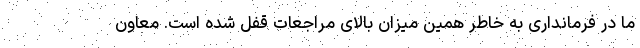
ما در فرمانداری به خاطر همین میزان بالای مراجعات قفل شده است. معاون